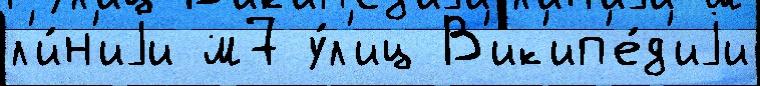
л'и́н'иjи м7 у́л'иц В'ик'ип'е́д'иjи